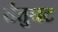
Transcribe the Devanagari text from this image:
तंतुघट